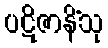
ပဋိဇာနိံသု